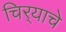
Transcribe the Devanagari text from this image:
चिर्‍याचे